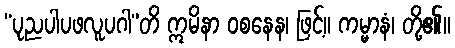
“ပုညပါပဖလူပဂါ”တိ ဣမိနာ ဝစနေန၊ ဖြင့်။ ကမ္မာနံ၊ တို့၏။